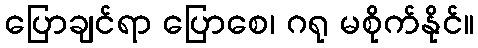
ပြောချင်ရာ ပြောစေ၊ ဂရု မစိုက်နိုင်။